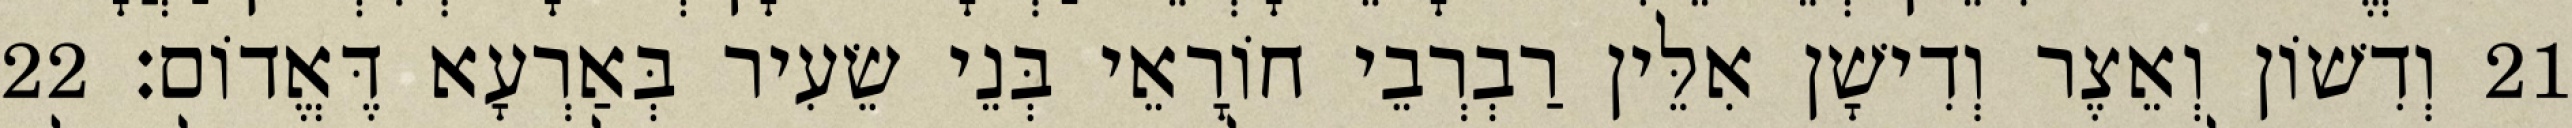
21 וְדִשׁוֹן וְאֵצֶר וְדִישָׁן אִלֵּין רַבְרְבֵי חוֹרָאֵי בְּנֵי שֵׂעִיר בְּאַרְעָא דֶּאֱדוֹם׃ 22